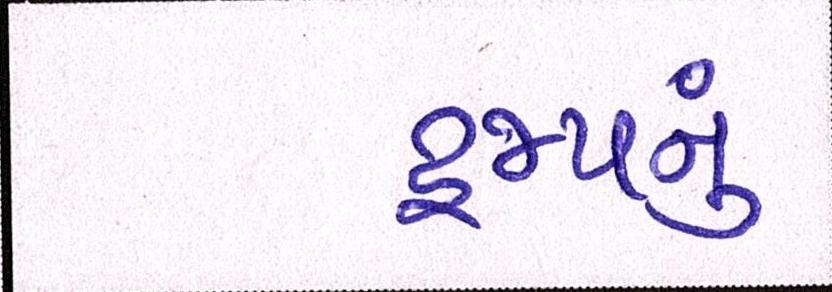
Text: ટ્રમ્પનું